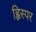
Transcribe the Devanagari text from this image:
ह्विस्पर